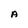
Character: A